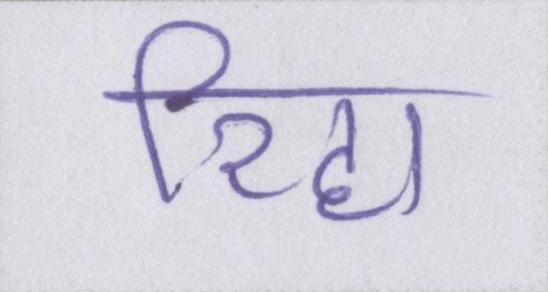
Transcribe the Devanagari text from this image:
रिहा